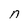
Character: n